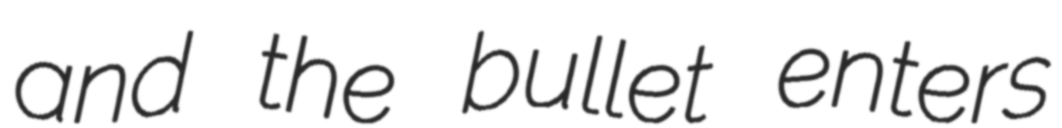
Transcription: and the bullet enters